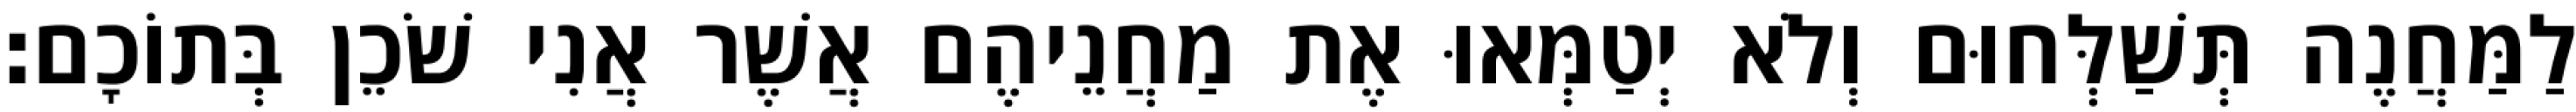
לַמַּחֲנֶה תְּשַׁלְּחוּם וְלֹא יְטַמְּאוּ אֶת מַחֲנֵיהֶם אֲשֶׁר אֲנִי שֹׁכֵן בְּתוֹכָם׃